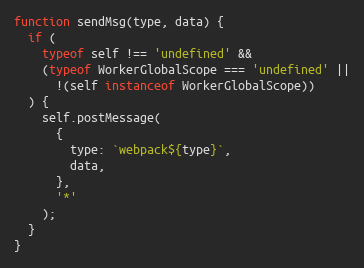
Language: JavaScript
function sendMsg(type, data) {
  if (
    typeof self !== 'undefined' &&
    (typeof WorkerGlobalScope === 'undefined' ||
      !(self instanceof WorkerGlobalScope))
  ) {
    self.postMessage(
      {
        type: `webpack${type}`,
        data,
      },
      '*'
    );
  }
}